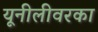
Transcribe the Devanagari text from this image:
यूनीलीवरका